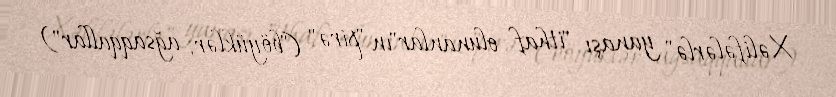
Xəlifələrlə" yanaşı "ithaf olunanlar"ın "pirə" ("böyüklər, ağsaqqallar")